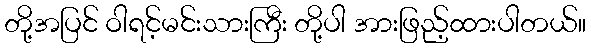
တို့အပြင် ဝါရင့်မင်းသားကြီး တို့ပါ အားဖြည့်ထားပါတယ်။